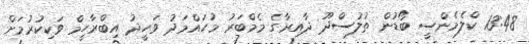
13:48 ކްލެމެންސީ ބޯޑުން ތުލުސްދޫ ދާއިރާގެ މެމްބަރު މުހައްމަދު ވަހީދު އިބްރާހީމް ވަކިކުރުމަށް